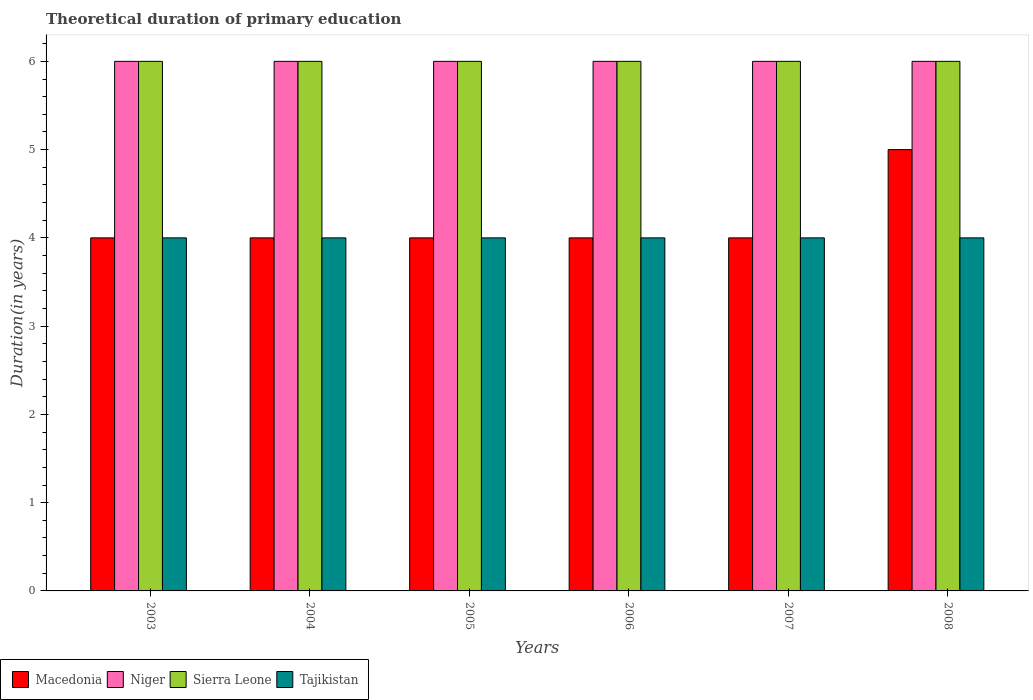
| Years | Macedonia | Niger | Sierra Leone | Tajikistan |
 | --- | --- | --- | --- | --- |
 | 2003 | 4 | 6 | 6 | 4 |
 | 2004 | 4 | 6 | 6 | 4 |
 | 2005 | 4 | 6 | 6 | 4 |
 | 2006 | 4 | 6 | 6 | 4 |
 | 2007 | 4 | 6 | 6 | 4 |
 | 2008 | 5 | 6 | 6 | 4 |